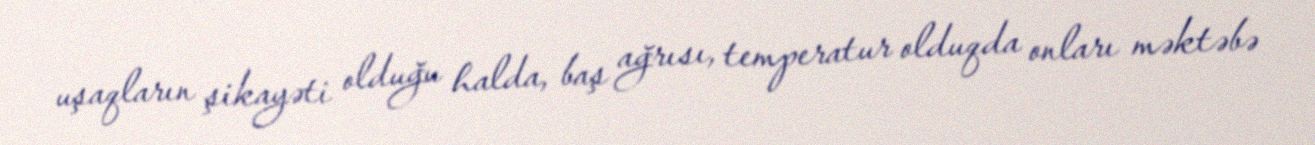
uşaqların şikayəti olduğu halda, baş ağrısı, temperatur olduqda onları məktəbə